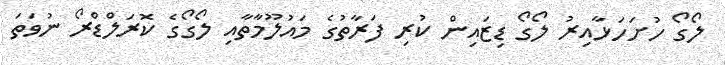
ލޯގޯ ހުށަހަޅާއިރު ލޯގޯ ޑިޒައިން ކުރި ފަރާތުގެ މައުލޫމާތާއި ލޯގޯގެ ކޮރަލްޑްރޯ ނުވަތަ